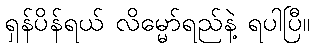
ရှန်ပိန်ရယ် လိမ္မော်ရည်နဲ့ ရပါပြီ။